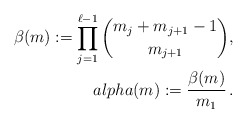
\begin{align*}\beta(m):=\prod_{j=1}^{\ell-1}\binom{m_{j}+m_{j+1}-1}{m_{j+1}},\\alpha(m):=\frac{\beta(m)}{m_{1}}\,.\end{align*}